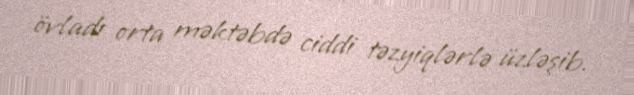
övladı orta məktəbdə ciddi təzyiqlərlə üzləşib.